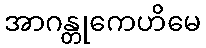
အာဂန္တုကေဟိမေ